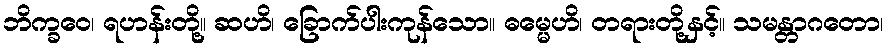
ဘိက္ခဝေ၊ ရဟန်းတို့။ ဆဟိ၊ ခြောက်ပါးကုန်သော။ ဓမ္မေဟိ၊ တရားတို့နှင့်။ သမန္တာဂတော၊